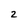
Character: z